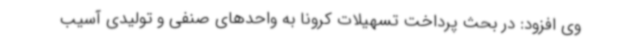
وی افزود: در بحث پرداخت تسهیلات کرونا به واحدهای صنفی و تولیدی آسیب